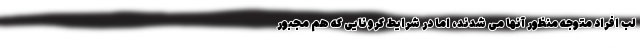
لب افراد متوجه منظور آنها می شدند، اما در شرایط کرونایی که هم مجبور